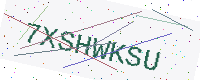
Text: 7XSHWKSU